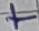
Text: +